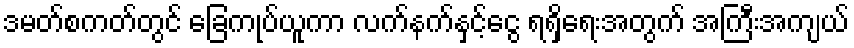
ဒမတ်စကတ်တွင် ခြေကုပ်ယူကာ လက်နက်နှင့်ငွေ ရရှိရေးအတွက် အကြီးအကျယ်